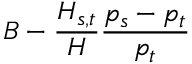
B - \frac { H _ { s , t } } { H } \frac { p _ { s } - p _ { t } } { p _ { t } }